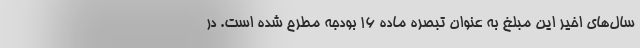
سال‌های اخیر این مبلغ به عنوان تبصره ماده ۱۶ بودجه مطرح شده است. در